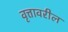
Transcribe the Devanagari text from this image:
वृत्तावरील